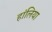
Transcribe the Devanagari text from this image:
हांलिया